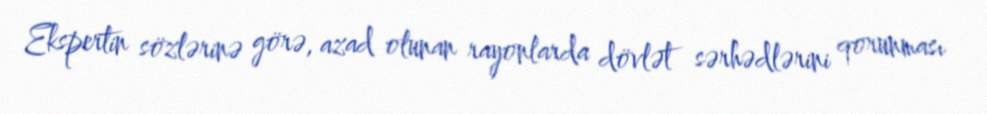
Ekspertin sözlərinə görə, azad olunan rayonlarda dövlət sərhədlərini qorunması